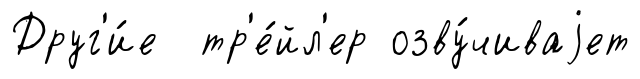
Друг'и́е тр'е́йл'ер озву́чиваjет